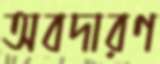
অবদারণ